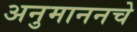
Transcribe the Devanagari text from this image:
अनुमाननचे